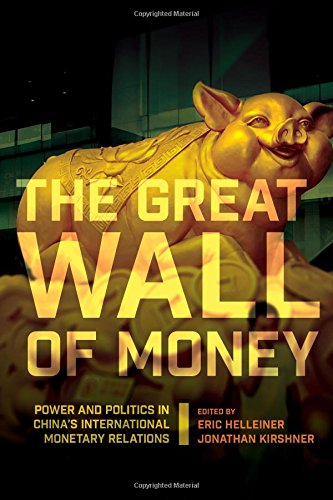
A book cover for The Great Wall of Money: Power and Politics in China's International Monetary Relations (Cornell Studies in Money); Business & Money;